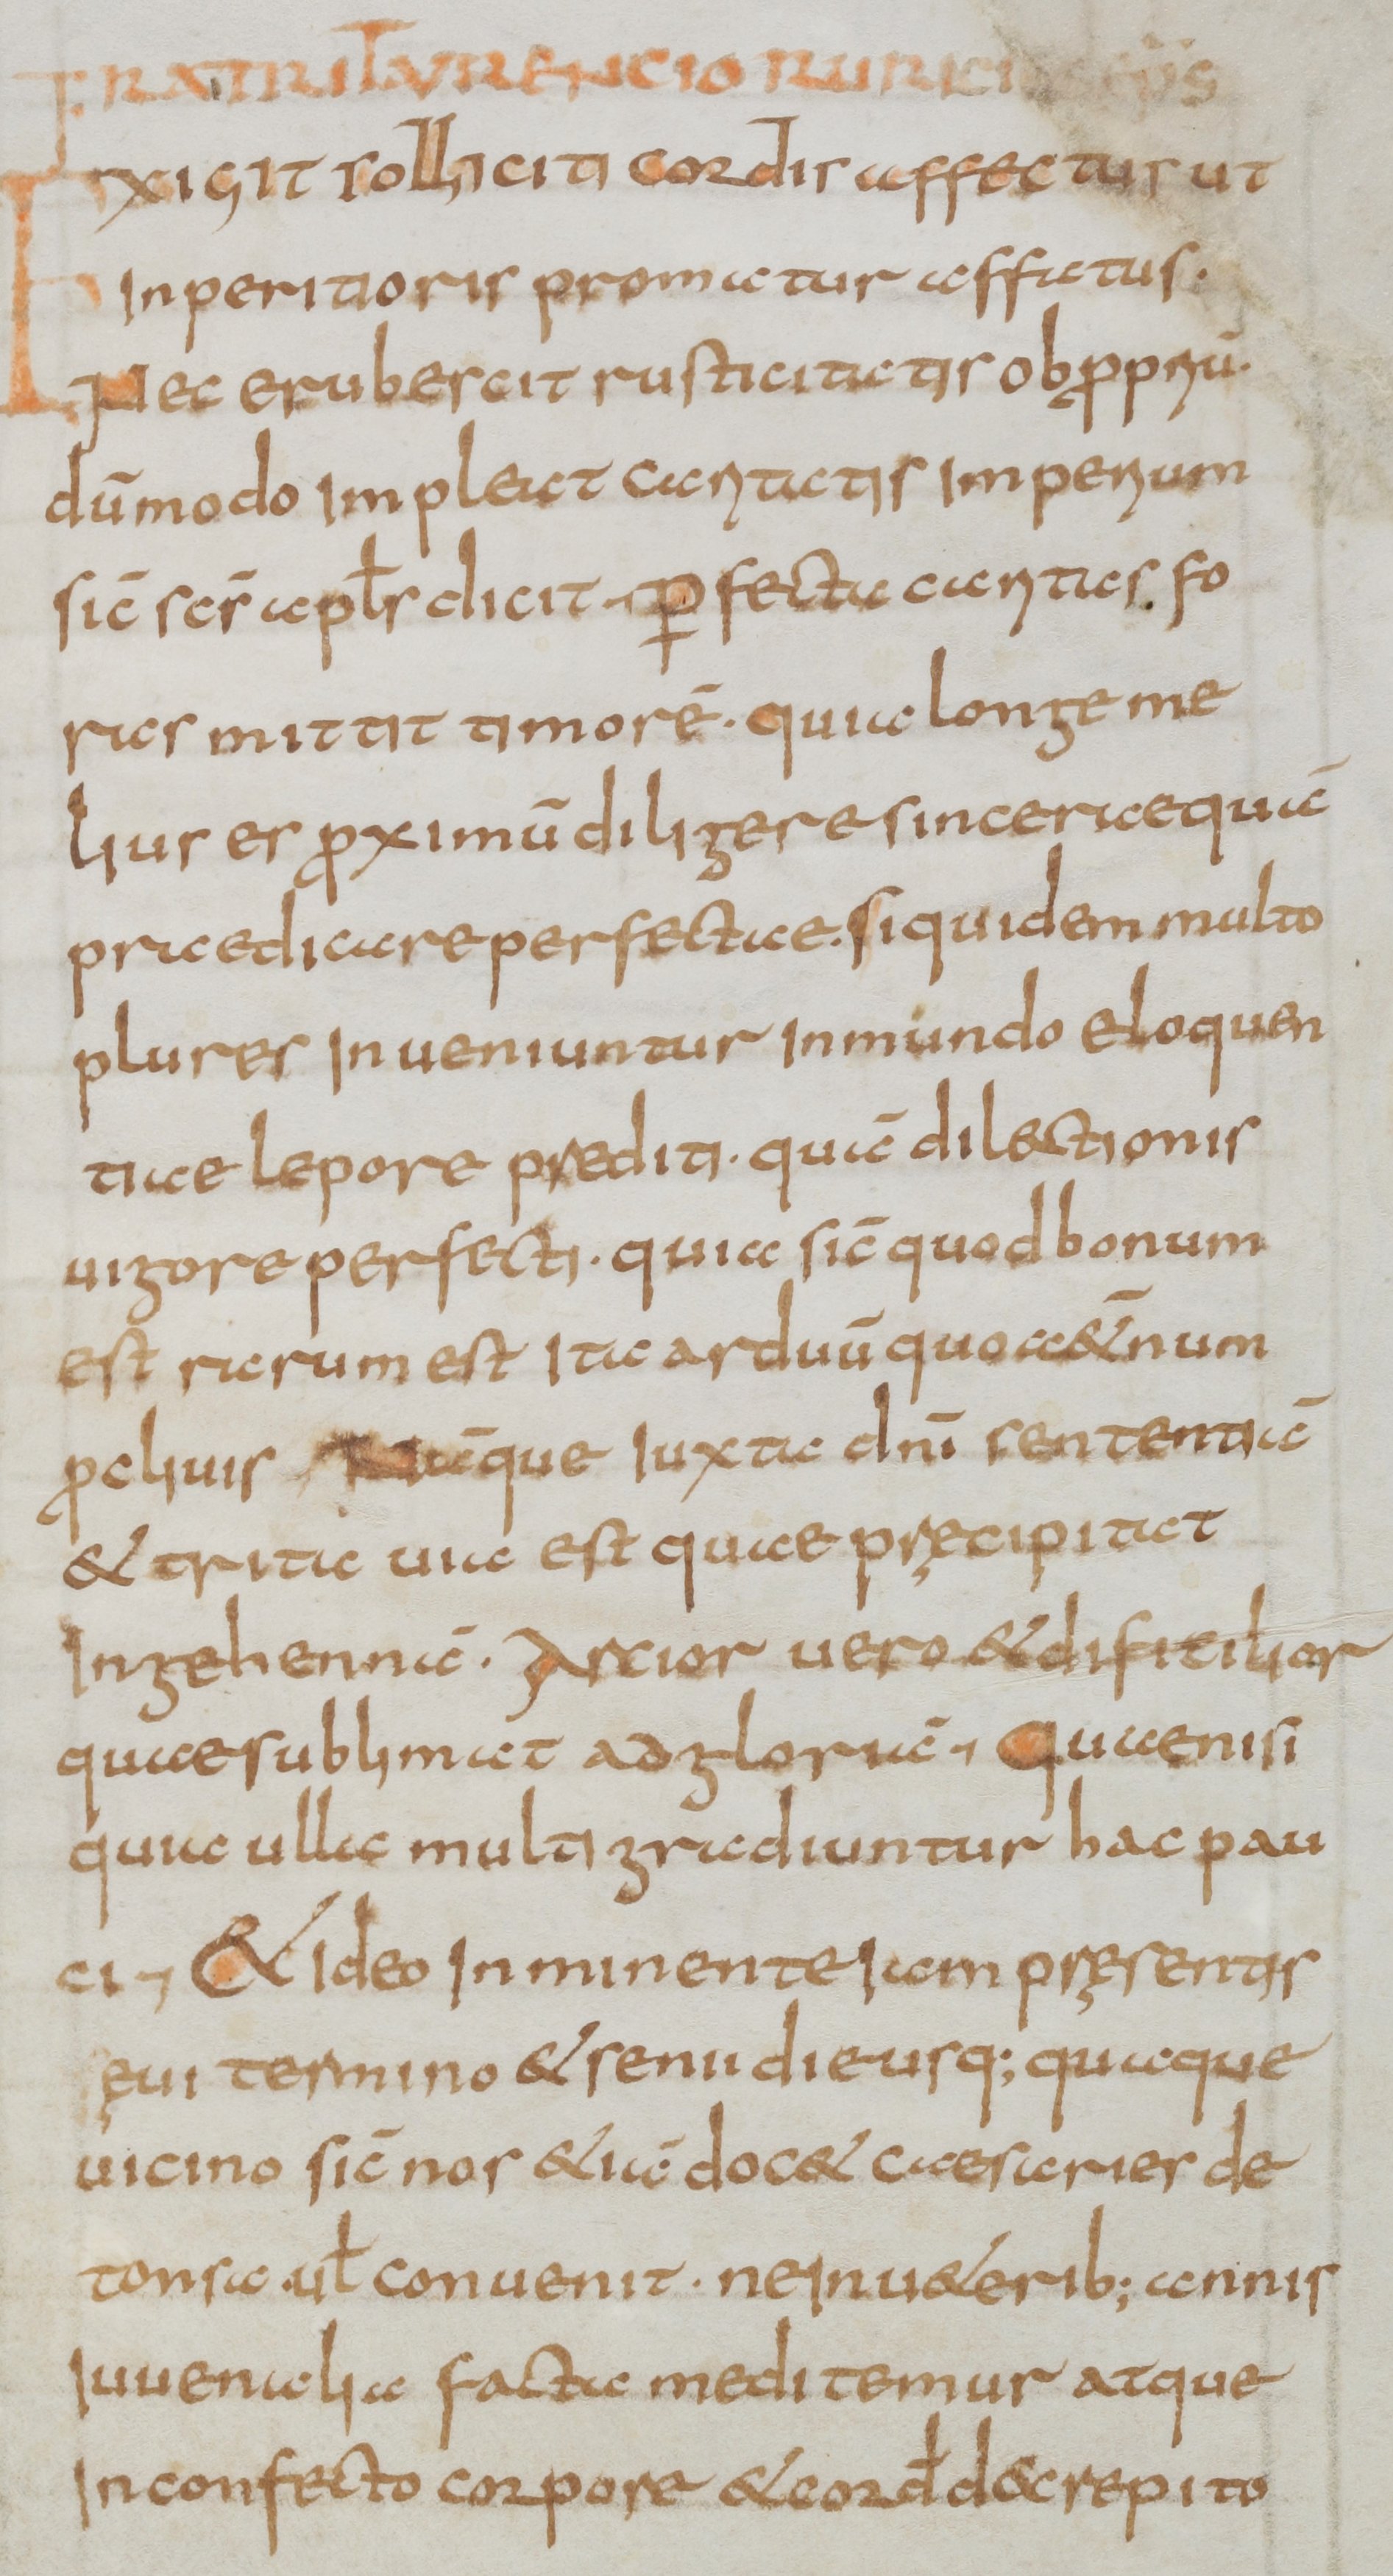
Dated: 800–899